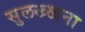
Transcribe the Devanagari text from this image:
सुलख्खना